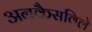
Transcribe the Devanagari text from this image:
अनकैसविले